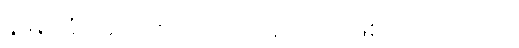
ရှုမြင်ခံရမည့် ဧည့်သည်မျိုးသာ ဖြစ်တော့သည်။